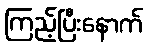
ကြည့်ပြီးနောက်